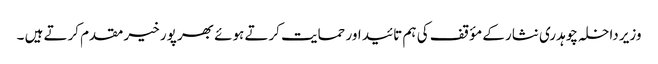
وزیر داخلہ چوہدری نثار کے مؤقف کی ہم تائید اور حمایت کرتے ہوئے بھر پور خیر مقدم کرتے ہیں ۔